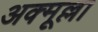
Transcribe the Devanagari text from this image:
अक्मूल्ला